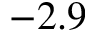
- 2 . 9